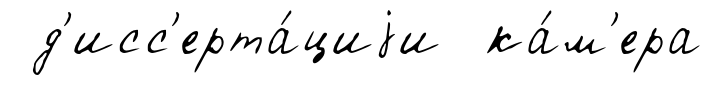
д'исс'ерта́циjи ка́м'ера